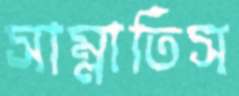
সাম্‌লাতিস